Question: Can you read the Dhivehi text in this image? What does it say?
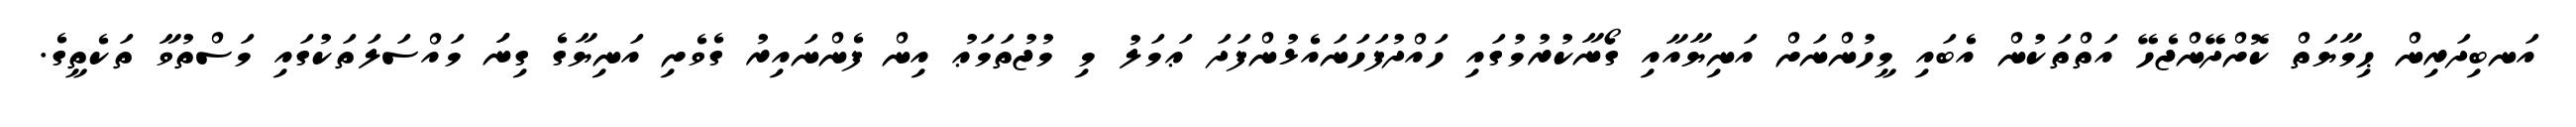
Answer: އަނބިދަރިން ޙިމާޔަތް ކޮށްދޭންޖެހޭ އަތްތަކުން އެބައި މީހުންނަށް އަނިޔާއާއި ގޯނާކުރުމުގައި ހައްދުފަހަނައެޅުންފަދަ ޢަމަލު މި މުޖުތަމަޢު އިން ފެންނައިރު ގެވެށި އަނިޔާގެ ގިނަަ މައްސަލަތަކުގައި މަސްތުވާ ތަކެތީގެ.